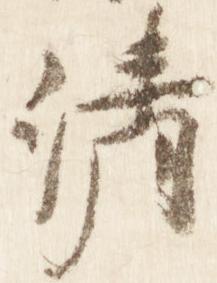
清